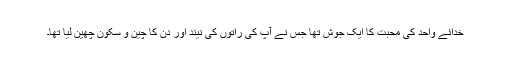
خدائے واحد کی محبت کا ایک جوش تھا جس نے آپؐ کی راتوں کی نیند اور دن کا چین و سکون چھین لیا تھا۔